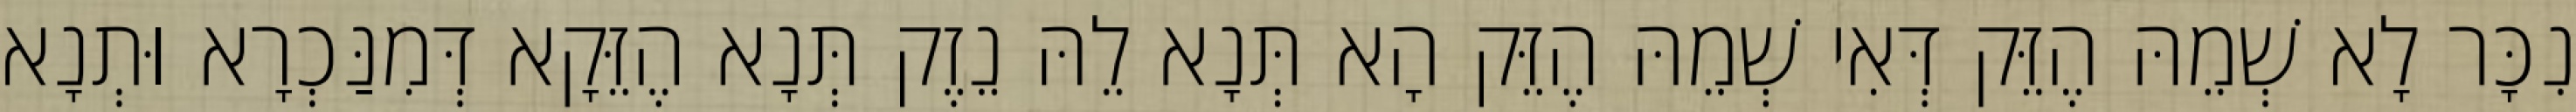
נִכָּר לָא שְׁמֵהּ הֶזֵּק דְּאִי שְׁמֵהּ הֶזֵּק הָא תְּנָא לֵהּ נֵזֶק תְּנָא הֶזֵּקָא דְּמִנַּכְרָא וּתְנָא